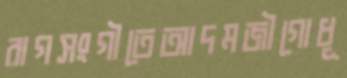
রাগসংগীতেআদমজীগোধূ